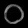
Digit: ၀